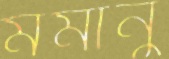
মর্মানু